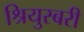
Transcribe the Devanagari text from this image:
श्रियुस्बरी